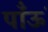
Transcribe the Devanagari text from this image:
पाँऊं